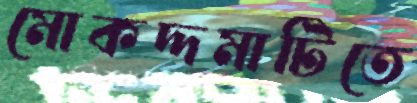
মোকদ্দমাটিতে